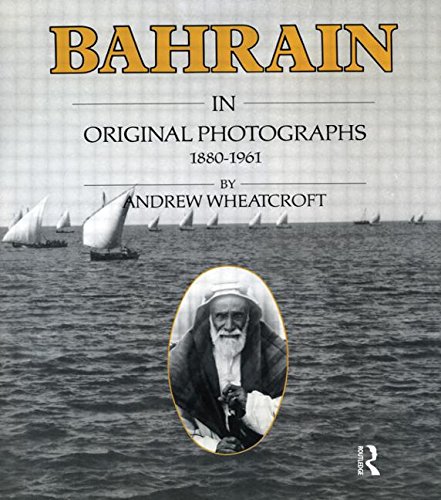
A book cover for Bahrain in Original Photographs 1880-1961; Andrew Wheatcroft; History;